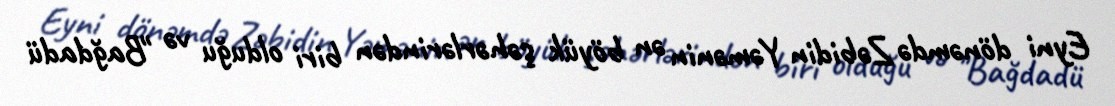
Eyni dönəmdə Zəbidin Yəmənin ən böyük şəhərlərindən biri olduğu və "Bağdadü